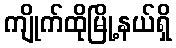
ကျိုက်ထိုမြို့နယ်ရှိ